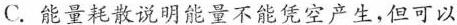
C. 能量耗散说明能量不能凭空产生，但可以